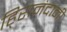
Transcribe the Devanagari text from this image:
हि्रानंदानी